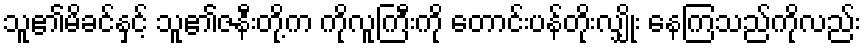
သူ၏မိခင်နှင့် သူ၏ဇနီးတို့က ကိုလူကြီးကို တောင်းပန်တိုးလျှိုး နေကြသည်ကိုလည်း